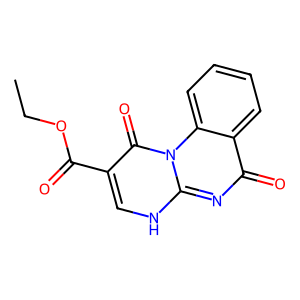
SMILES: CCOC(=O)c1c[nH]c2nc(=O)c3ccccc3n2c1=O
Inhibits HIV replication: No